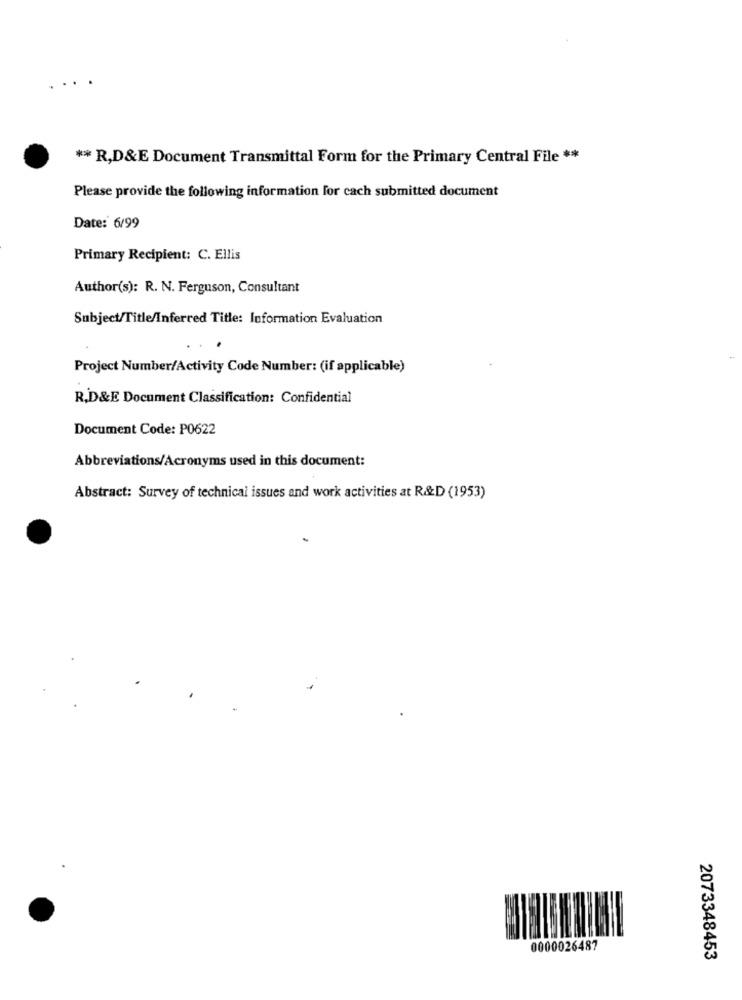
** R,D&E Document Transmittal Form for the Primary Central File **
Please provide the following information for cach submitted document
Date: 6/99
Primary Recipient: C. Ellis
Author(s): R. N. Ferguson, Consultant
Subject/Title/Inferred Title: Information Evaluation
Project Number/Activity Code Number: (if applicable)
R.D&E Document Classification: Confidential
Document Code: P0622
Abbreviations/Acronyms used in this document:
Abstract: Survey of technical issues and work activities at R&D (1953)
0000026487
2073348453